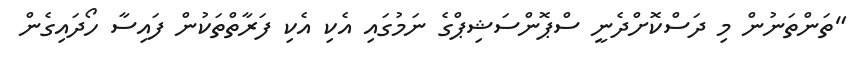
"ތަންތަނުން މި ދަސްކޮށްދެނީ ސްޕޮންސަޝިޕްގެ ނަމުގައި އެކި އެކި ފަރާތްތަކުން ފައިސާ ހޯދައިގެން